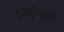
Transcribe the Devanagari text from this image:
निर्घृणता